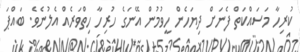
ކުރިހާ މަސައްކަތް ފެނަށް ދިޔަހެން ހީވުމުން އޭނަގެ ހުރިހާ ހިތްވަރެއް އެލުނެވެ. ބައްޕަ